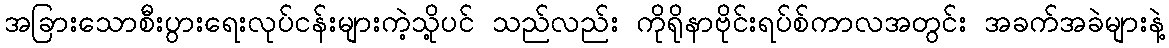
အခြားသောစီးပွားရေးလုပ်ငန်းများကဲ့သို့ပင် သည်လည်း ကိုရိုနာဗိုင်းရပ်စ်ကာလအတွင်း အခက်အခဲများနဲ့